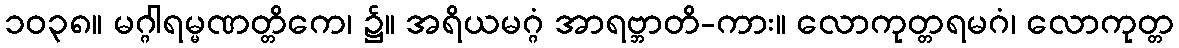
၁၀၃၈။ မဂ္ဂါရမ္မဏတ္တိကေ၊ ၌။ အရိယမဂ္ဂံ အာရဗ္ဘာတိ-ကား။ လောကုတ္တရမဂံ၊ လောကုတ္တ